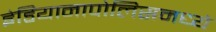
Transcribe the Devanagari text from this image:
इंडियानापोलिसमध्ये